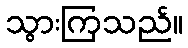
သွားကြသည်။